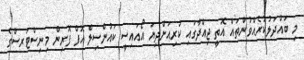
މި ބައްދަލުކުރެއްވުންތައް އޮތީ ޖިއްދާގައި ކުރިއަށްދިޔަ އޯއައިސީ ކައުންސިލް އޮފް ފޮރިން މިނިސްޓަރސްގެ